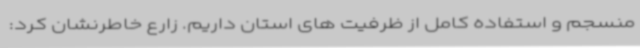
منسجم و استفاده کامل از ظرفیت های استان داریم. زارع خاطرنشان کرد: